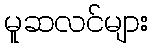
မူဆလင်များ